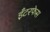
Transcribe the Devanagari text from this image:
इँटरफेस